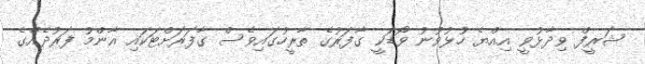
ޝަރީފް ވިދާޅުވީ އިއްޔެ ހުޅުވުނު ވޯޑަކީ ގާފަރުގެ ތާރީހުގައިވެސް ގާފަރަށްޓަކައި އާންމު ފަރުދެއްގެ